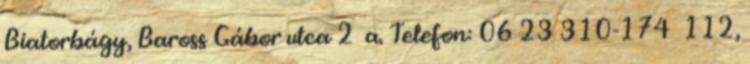
Biatorbágy, Baross Gábor utca 2 a. Telefon: 06 23 310-174 112,